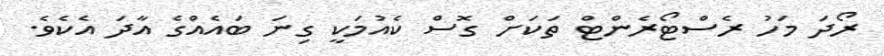
ރޯދަ މަހު ރެސްޓޯރެންޓް ތަކަށް ގޮސް ކެއުމަކީ ގިނަ ބައެއްގެ އާދަ އެކެވެ.